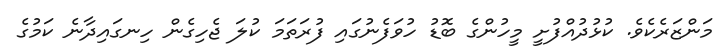
މަންޒަރެކެވެ. ކުޅުދުއްފުށީ މީހުންގެ ބޮޑު ހުވަފެނުގައި ފުރަތަމަ ކުލަ ޖެހިގެން ހިނގައިދާނެ ކަމުގެ